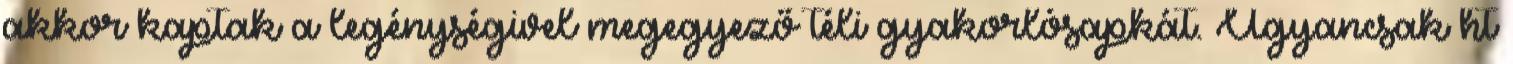
akkor kaptak a legénységivel megegyező téli gyakorlósapkát. Ugyancsak ht